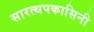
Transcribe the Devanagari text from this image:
सारत्थपकासिनी